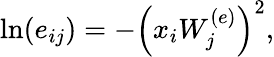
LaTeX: \begin{array}{r}{\ln(e_{ij})=-\left(x_{i}W_{j}^{(e)}\right)^{2},}\end{array}